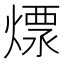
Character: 𤍭